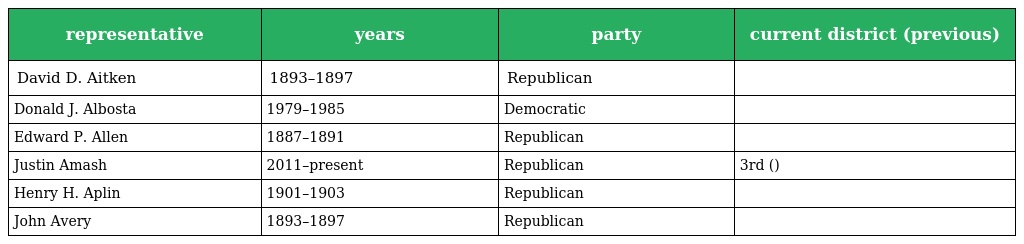
| representative | years | party | current district (previous) |
 | --- | --- | --- | --- |
 | David D. Aitken | 1893–1897 | Republican |  |
 | Donald J. Albosta | 1979–1985 | Democratic |  |
 | Edward P. Allen | 1887–1891 | Republican |  |
 | Justin Amash | 2011–present | Republican | 3rd () |
 | Henry H. Aplin | 1901–1903 | Republican |  |
 | John Avery | 1893–1897 | Republican |  |